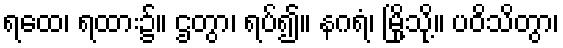
ရထေ၊ ရထား၌။ ဌတွာ၊ ရပ်၍။ နဂရံ၊ မြို့သို့။ ပဝိသိတွာ၊